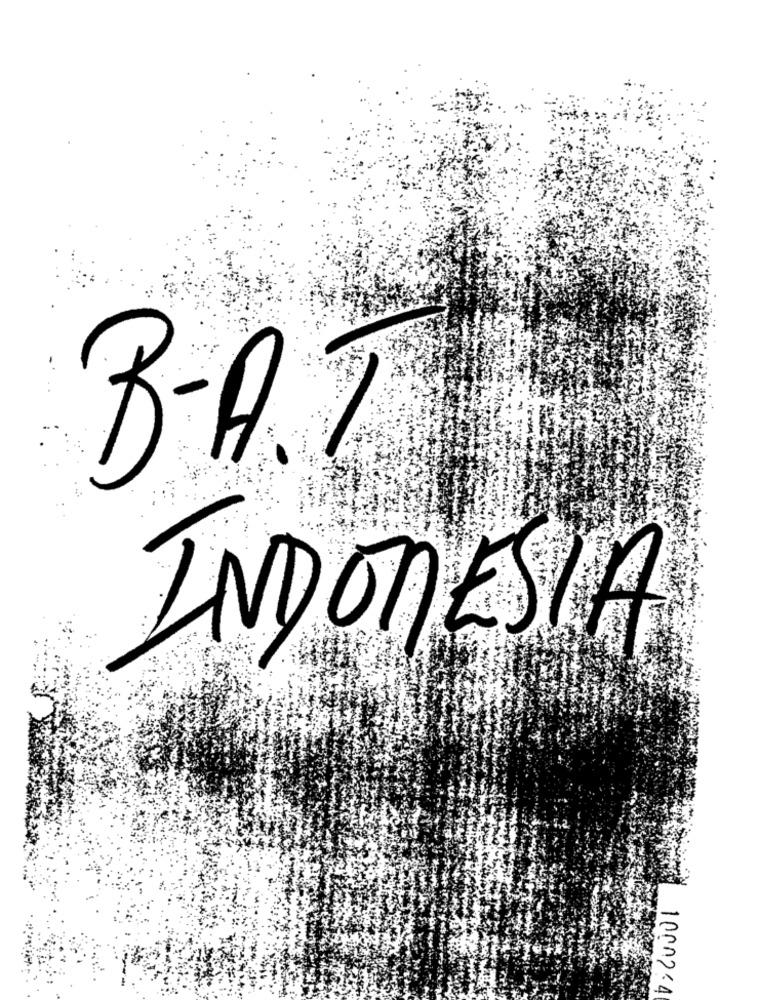
...
INDONESIA
10002-4